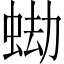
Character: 蜐